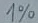
Text: 1%